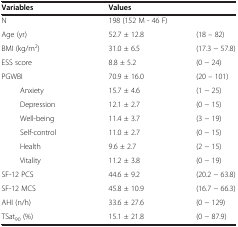
| Variables | <COLSPAN=2> Values |
 | --- | --- | --- |
 | N | <COLSPAN=2> 198 (152 M - 46 F) |
 | Age (yr) | 52.7 ± 12.8 | (18 – 82) |
 | BMI (kg/m2) | 31.0 ± 6.5 | (17.3 - 57.8) |
 | ESS score | 8.8 ± 5.2 | (0 - 24) |
 | PGWBI | 70.9 ± 16.0 | (20 – 101) |
 | Anxiety | 15.7 ± 4.6 | (1 - 25) |
 | Depression | 12.1 ± 2.7 | (0 - 15) |
 | Well-being | 11.4 ± 3.7 | (3 - 19) |
 | Self-control | 11.0 ± 2.7 | (0 - 15) |
 | Health | 9.6 ± 2.7 | (2 - 15) |
 | Vitality | 11.2 ± 3.8 | (0 - 19) |
 | SF-12 PCS | 44.6 ± 9.2 | (20.2 - 63.8) |
 | SF-12 MCS | 45.8 ± 10.9 | (16.7 - 66.3) |
 | AHI (n/h) | 33.6 ± 27.6 | (0 - 129) |
 | TSat90 (%) | 15.1 ± 21.8 | (0 - 87.9) |